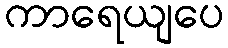
ကာရေယျပေ